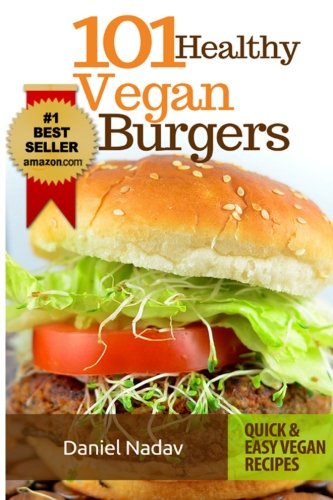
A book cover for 101 healthy Vegan Burgers Recipes; Nadav Daniel; Cookbooks, Food & Wine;